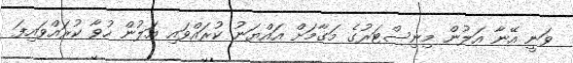
ވަނީ އޭނާ އަލުން މިނިސްޓަރުގެ މަގާމަށް އައްޔަނު ކުރައްވައި އަލުން ހުވާ ކުރައްވައިފަ